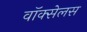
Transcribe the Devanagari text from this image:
वॉक्सेलस